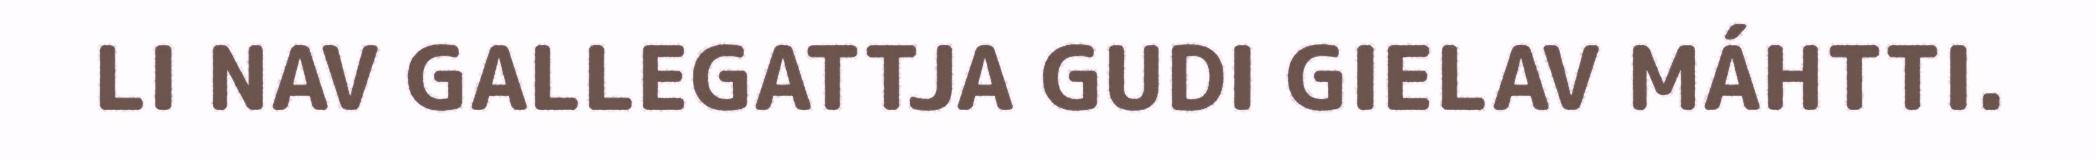
LI NAV GALLEGATTJA GUDI GIELAV MÁHTTI.